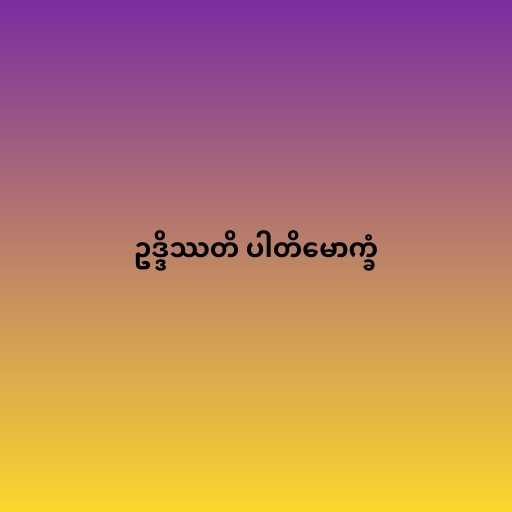
ဥဒ္ဒိဿတိ ပါတိမောက္ခံ